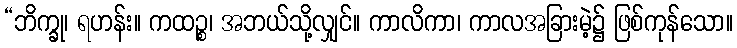
“ဘိက္ခု၊ ရဟန်း။ ကထဉ္စ၊ အဘယ်သို့လျှင်။ ကာလိကာ၊ ကာလအခြားမဲ့၌ ဖြစ်ကုန်သော။